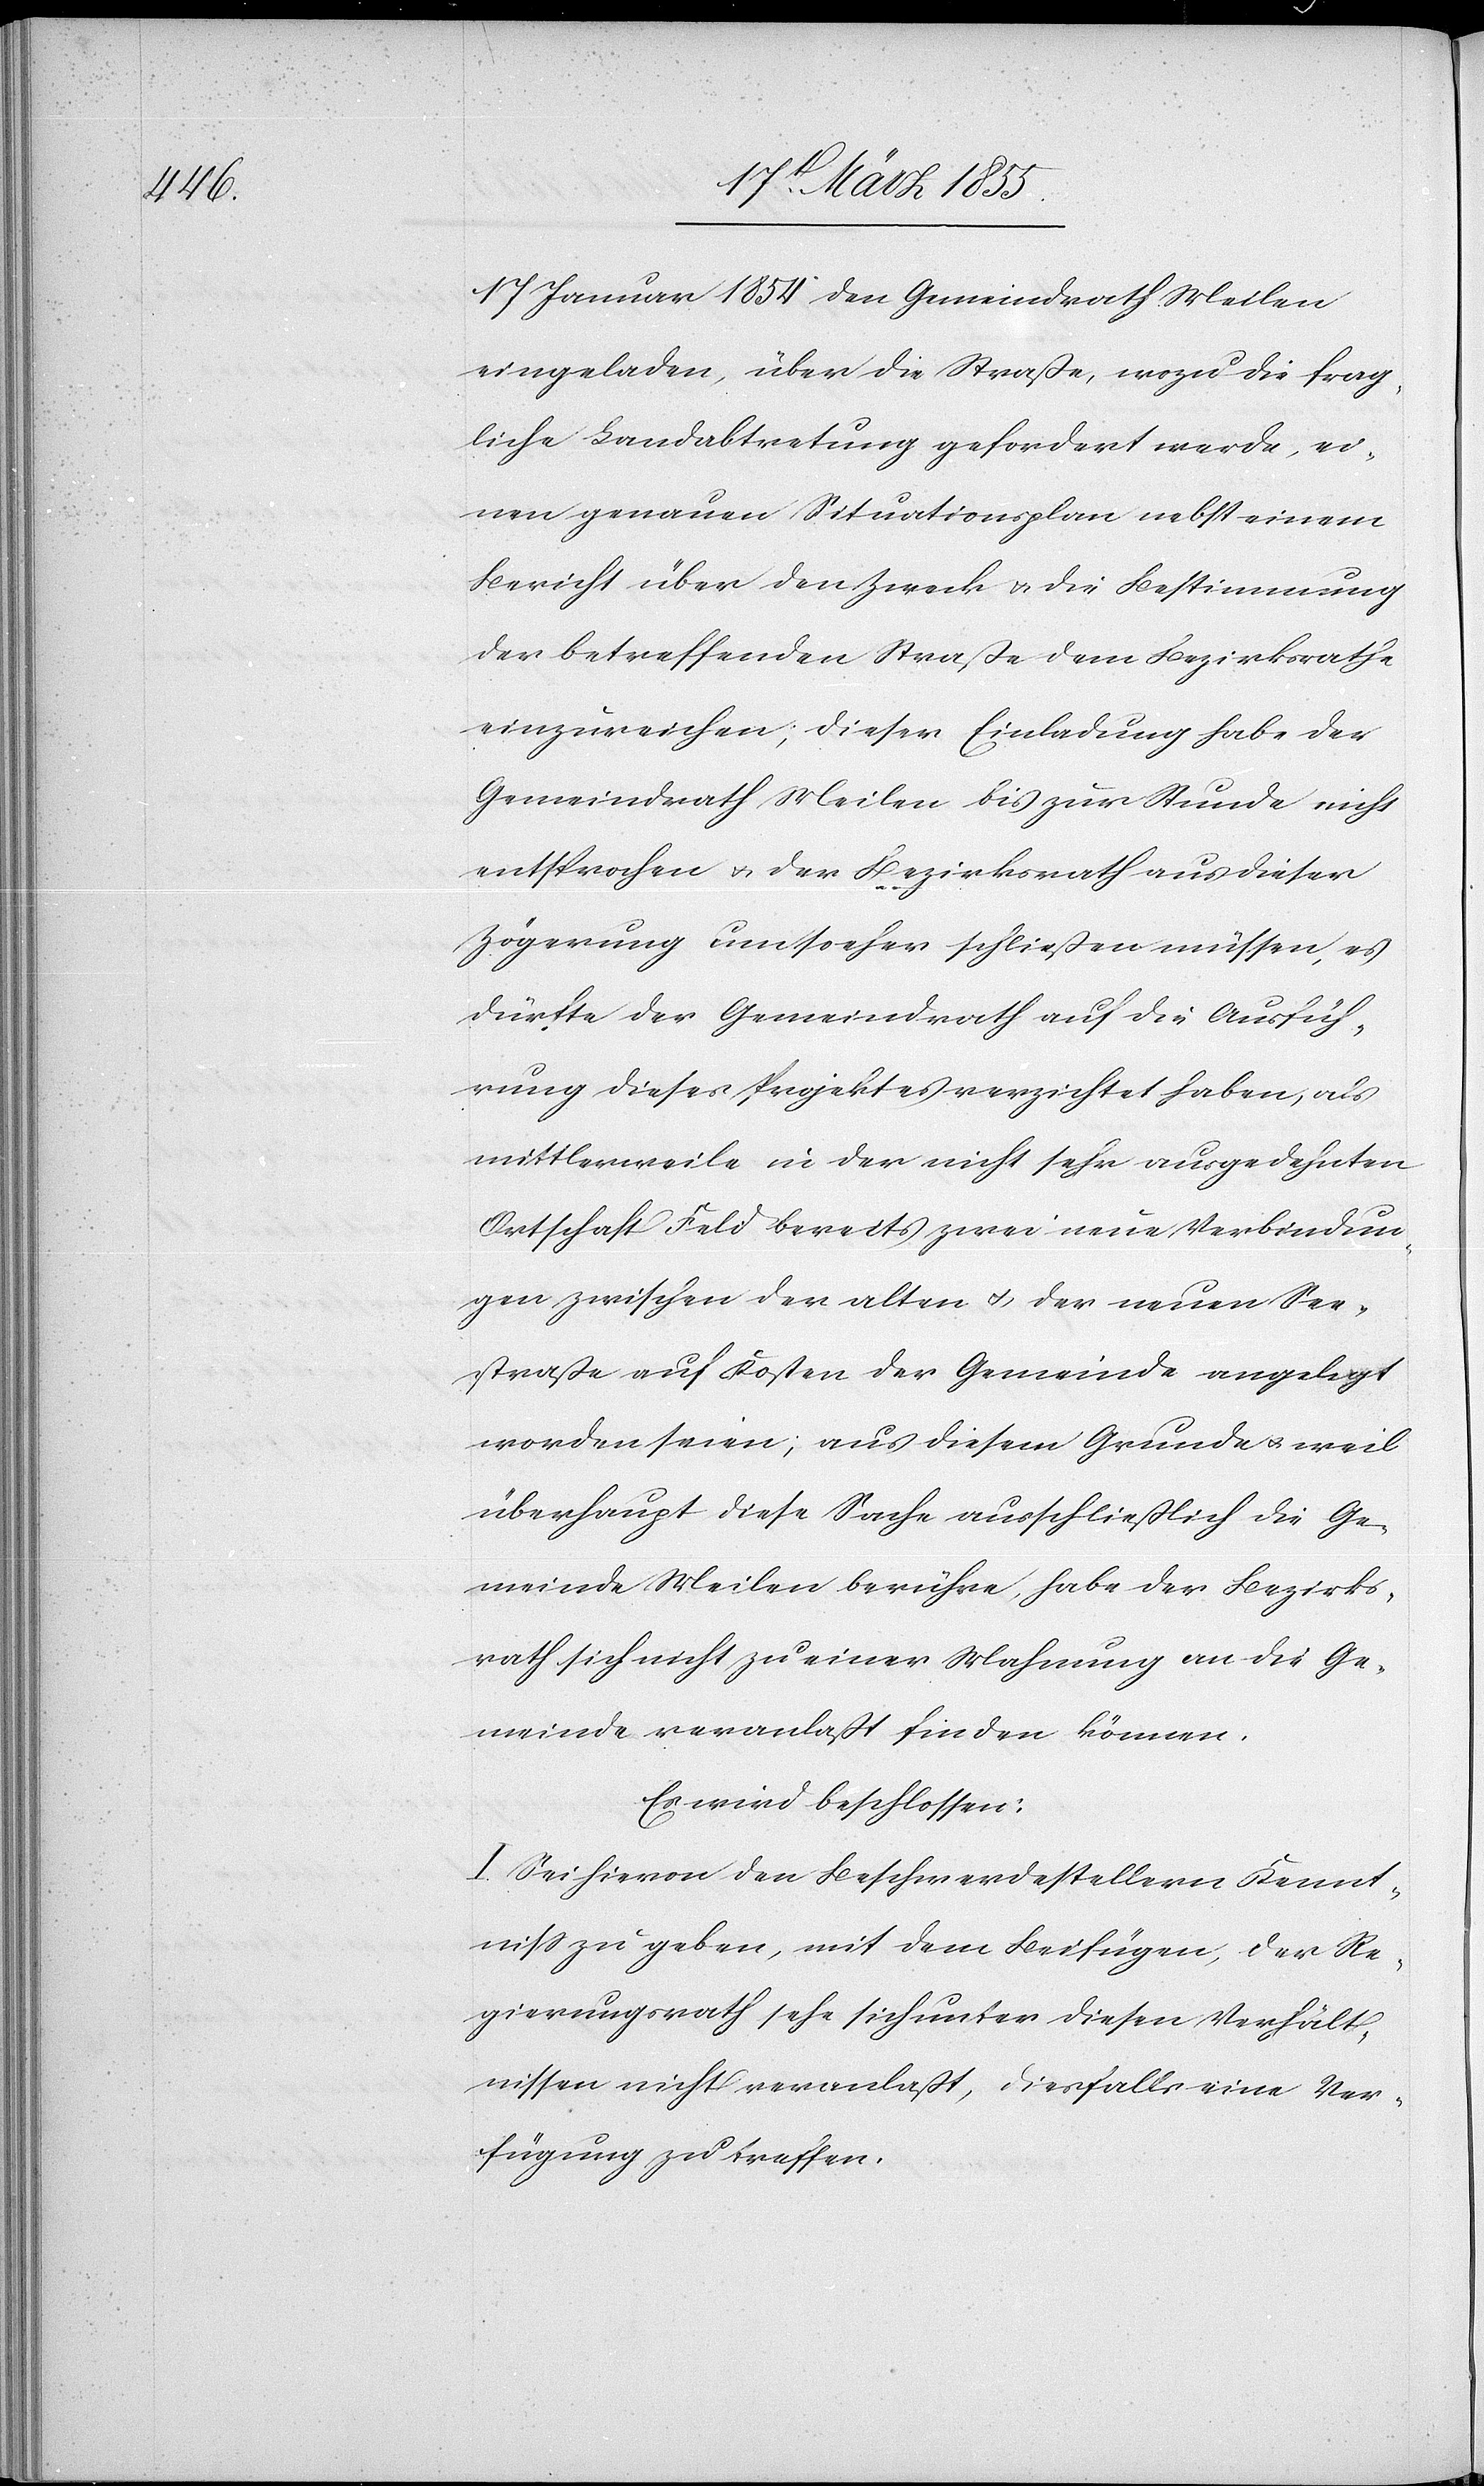
17 Januar 1854 den Gemeindrath Meilen
eingeladen, über die Straße, wozu die frag¬
liche Landabtretung gefordert werde, ei¬
nen genauen Situationsplan nebst einem
Bericht über den Zweck & die Bestimmung
der betreffenden Straße dem Bezirksrathe
einzureichen; dieser Einladung habe der
Gemeindrath Meilen bis zur Stunde nicht
entsprochen & der Bezirksrath aus dieser
Zögerung um so eher schließen müssen, es
dürfte der Gemeindrath auf die Ausfüh¬
rung dieses Projektes verzichtet haben, als
mittlerweile in der nicht sehr ausgedehnten
Ortschaft Feld bereits zwei neue Verbindun¬
gen zwischen der alten & der neuen See¬
straße auf Kosten der Gemeinde angelegt
worden seien; aus diesem Grunde & weil
überhaupt diese Sache ausschließlich die Ge¬
meinde Meilen berühre, habe der Bezirks¬
rath sich nicht zu einer Mahnung an die Ge¬
meinde veranlaßt finden können.
Es wird beschlossen:
I. Sei hievon den Beschwerdestellern Kennt¬
niss zu geben, mit dem Beifügen, der Re¬
gierungsrath sehe sich unter diesen Verhält¬
nissen nicht veranlaßt, diesfalls eine Ver¬
fügung zu treffen.